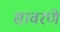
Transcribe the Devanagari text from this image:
सावरणे